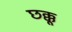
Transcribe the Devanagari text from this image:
छक्कू